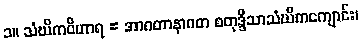
၁။ သံဃိကဝိဟာရ = အာဂတာနာဂတ စတုဒ္ဒိသာသံဃိကကျောင်း၊